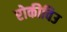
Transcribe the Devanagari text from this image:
रोकीविउ